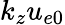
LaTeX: k_{z}u_{e0}